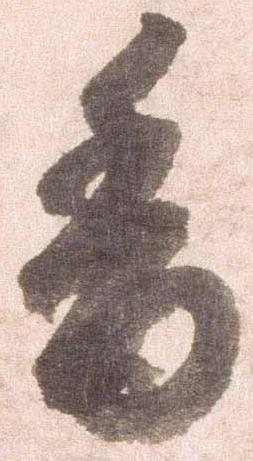
香